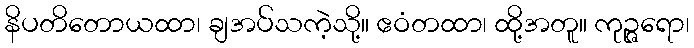
နိပတိတောယထာ၊ ချအပ်သကဲ့သို့။ ဧဝံတထာ၊ ထို့အတူ။ ကုဉ္ဇရော၊